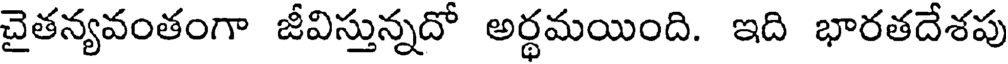
చైతన్యవంతంగా జీవిస్తున్నదో అర్థమయింది. ఇది భారతదేశపు